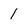
Character: l